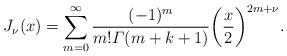
LaTeX: \begin{align*}J_{\nu}(x)=\sum\limits_{m=0}^{\infty}\frac{(-1)^m}{m!\varGamma(m+k+1)} \biggl(\frac{x}{2} \biggr)^{2m+\nu}.\end{align*}